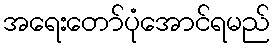
အရေးတော်ပုံအောင်ရမည်